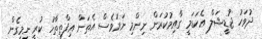
ދުވަހު ޖުޑީޝަލް އެކަޑަމީ ގާއިމުކުރަން ނިންމި ނަމަވެސް އެތަން އިފްތިތާހު ކުރީ ނިމިގެން